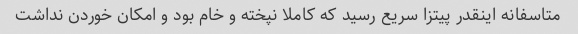
متاسفانه اینقدر پیتزا سریع رسید که کاملا نپخته و خام بود و امکان خوردن نداشت